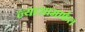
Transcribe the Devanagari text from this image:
न्यासामार्फत